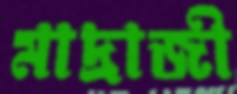
মাদ্রাজী